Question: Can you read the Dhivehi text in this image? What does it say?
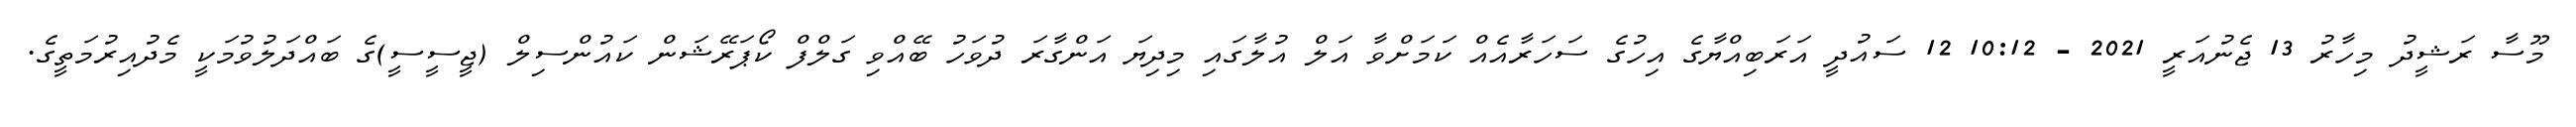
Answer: މޫސާ ރަޝީދު މިހާރު 13 ޖެނުއަރީ 2021 - 10:12 12 ސައުދީ އަރަބިއްޔާގެ އިހުގެ ސަހަރާއެއް ކަމަށްވާ އަލް އުލާގައި މިދިޔަ އަންގާރަ ދުވަހު ބޭއްވި ގަލްފް ކޯޕަރޭޝަން ކައުންސިލް (ޖީސީސީ)ގެ ބައްދަލުވުމަކީ މެދުއިރުމަތީގެ.